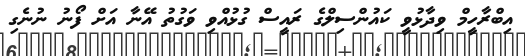
އިބްރާހީމް ވިދާޅުވީ ކައުންސިލްގެ ރައީސް ގުޅުއްވި ވަގުތު އޭނާ އަށް ފޯނު ނުނެގި